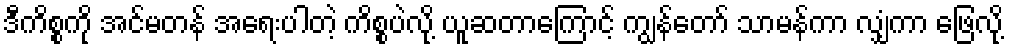
ဒီကိစ္စကို အင်မတန် အရေးပါတဲ့ ကိစ္စပဲလို့ ယူဆတာကြောင့် ကျွန်တော် သာမန်ကာ လျှံကာ ဖြေလို့